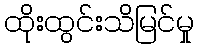
ထိုးထွင်းသိမြင်မှု